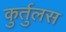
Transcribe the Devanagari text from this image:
कुर्तुलस